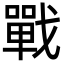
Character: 戰